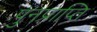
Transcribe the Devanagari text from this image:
पुनप्राप्ति